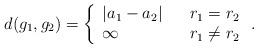
LaTeX: \begin{align*}d(g_{1},g_{2})=\left\{ \begin{array}{lll}|a_{1}-a_{2}| & & r_{1}=r_{2}\\\infty & & r_{1}\neq r_{2}\end{array}\right..\end{align*}